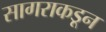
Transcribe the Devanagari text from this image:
सागराकडून